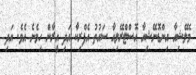
މެލޭޝިއާ އިންޑޮނޭޝިއާ އޮސްޓްރޭލިއާ ސައުތު އެފްރިކާ އަދި އީރާން ހިމެނެ އެވެ. އަދި